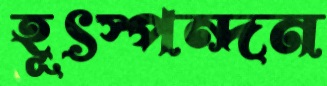
হূৎস্পন্দন